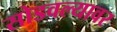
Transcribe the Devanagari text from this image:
सोडवल्यावर